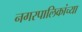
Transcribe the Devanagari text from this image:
नगरपालिकांच्या